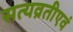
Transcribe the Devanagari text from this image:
सत्यव्रतीएवं